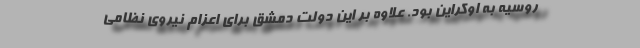
روسیه به اوکراین بود. علاوه بر این دولت دمشق برای اعزام نیروی نظامی